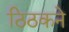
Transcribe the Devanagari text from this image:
ठिठकने